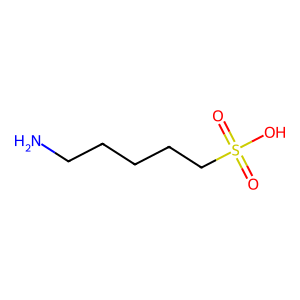
SMILES: NCCCCCS(=O)(=O)O
Inhibits HIV replication: No